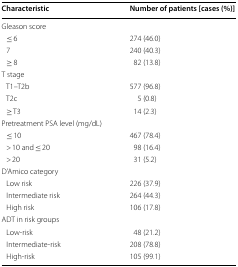
<table><thead><tr><td><b>Characteristic</b></td><td><b>Number of patients [cases (%)]</b></td></tr></thead><tbody><tr><td colspan="2">Gleason score</td></tr><tr><td> ≤ 6</td><td>274 (46.0)</td></tr><tr><td> 7</td><td>240 (40.3)</td></tr><tr><td> ≥ 8</td><td>82 (13.8)</td></tr><tr><td colspan="2">T stage</td></tr><tr><td> T1–T2b</td><td>577 (96.8)</td></tr><tr><td> T2c</td><td>5 (0.8)</td></tr><tr><td> ≥ T3</td><td>14 (2.3)</td></tr><tr><td colspan="2">Pretreatment PSA level (mg/dL)</td></tr><tr><td> ≤ 10</td><td>467 (78.4)</td></tr><tr><td> &gt; 10 and ≤ 20</td><td>98 (16.4)</td></tr><tr><td> &gt; 20</td><td>31 (5.2)</td></tr><tr><td colspan="2">D’Amico category</td></tr><tr><td> Low risk</td><td>226 (37.9)</td></tr><tr><td> Intermediate risk</td><td>264 (44.3)</td></tr><tr><td> High risk</td><td>106 (17.8)</td></tr><tr><td colspan="2">ADT in risk groups</td></tr><tr><td> Low-risk</td><td>48 (21.2)</td></tr><tr><td> Intermediate-risk</td><td>208 (78.8)</td></tr><tr><td> High-risk</td><td>105 (99.1)</td></tr></tbody></table>